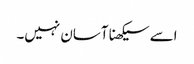
اسے سیکھنا آسان نہیں۔